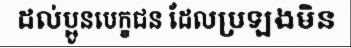
ដល់ប្អូនបេក្ខជន ដែលប្រឡងមិន